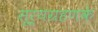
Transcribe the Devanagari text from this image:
सूर्यग्रहणके